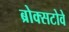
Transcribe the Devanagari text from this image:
ब्रोक्सटोवे